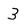
Character: 3